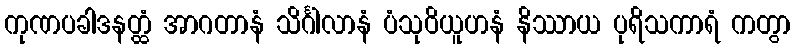
ကုဏပခါဒနတ္ထံ အာဂတာနံ သိင်္ဂါလာနံ ပံသုဝိယူဟနံ နိဿာယ ပုရိသကာရံ ကတွာ